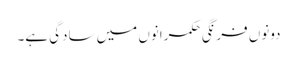
دونوں فرنگی حکمرانوں میں سادگی ہے۔